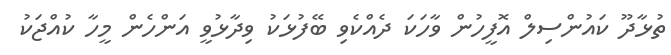
ތުޅާދޫ ކައުންސިލް އޮފީހުން ވާހަކަ ދެއްކެވި ބޭފުޅަކު ވިދާޅުވީ އަންހެން މީހާ ކުއްޖަކު